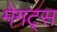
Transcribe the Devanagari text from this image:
मेगट्स